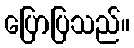
ပြောပြသည်။